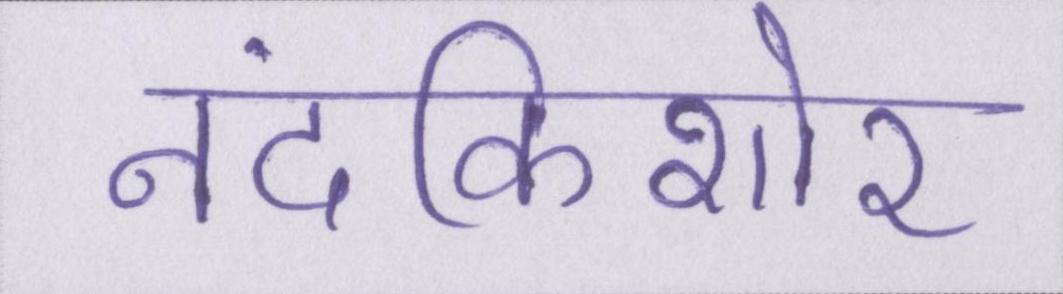
नंदकिशोर